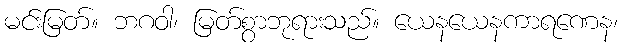
မင်းမြတ်။ ဘဂဝါ၊ မြတ်စွာဘုရားသည်။ ယေနယေနကာရဏေန၊